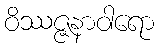
ဝိဿဇ္ဇနာဝါရော